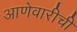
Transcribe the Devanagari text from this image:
आणेवारीची